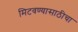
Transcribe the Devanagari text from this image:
मिटवण्यासाठीचा